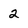
Character: 2